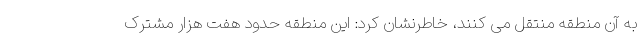
به آن منطقه منتقل می کنند، خاطرنشان کرد: این منطقه حدود هفت هزار مشترک